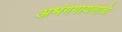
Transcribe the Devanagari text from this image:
अभंगगायनाचे